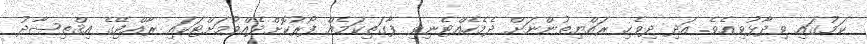
ކަމުގައި ވިދާޅުވިއެވެ. އަދި ދިވެހި ރައްޔިތުންނަށް ދެމެހެއްޓެނިވި ފާގަތިކަމެއް ފޯރުކޮށްދެއްވުމަށްޓަކައި ރާއްޖޭގެ އިޤްތިޞާދު